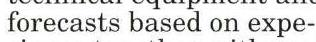
forecasts based on expe-